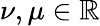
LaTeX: \nu,\mu\in\mathbb{R}